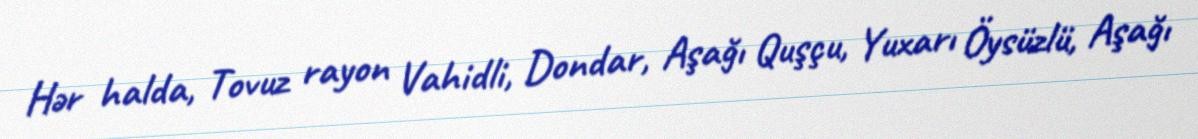
Hər halda, Tovuz rayon Vahidli, Dondar, Aşağı Quşçu, Yuxarı Öysüzlü, Aşağı